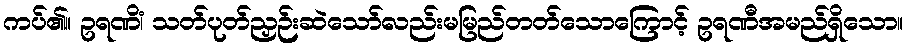
ကပ်၏။ ဥရဏိံ၊ သတ်ပုတ်ညှဉ်းဆဲသော်လည်းမမြည်တတ်သောကြောင့် ဥရဏီအမည်ရှိသော။